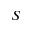
\boldsymbol { S }